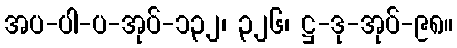
အပ-ပါ-ပ-အုပ်-၁၃၂၊ ၃၂၆၊ ဋ္ဌ-ဒု-အုပ်-၉၈။